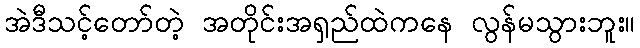
အဲဒီသင့်တော်တဲ့ အတိုင်းအရှည်ထဲကနေ လွန်မသွားဘူး။